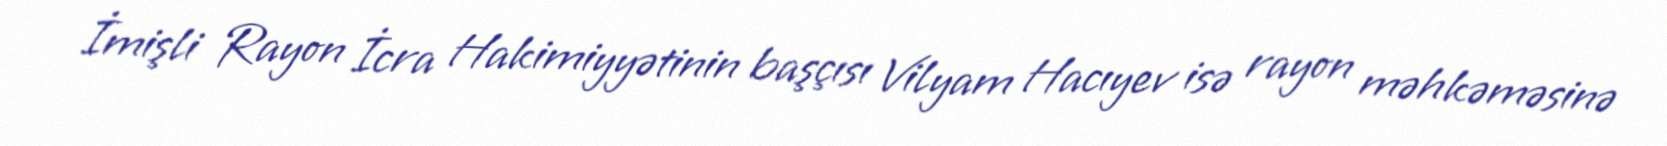
İmişli Rayon İcra Hakimiyyətinin başçısı Vilyam Hacıyev isə rayon məhkəməsinə